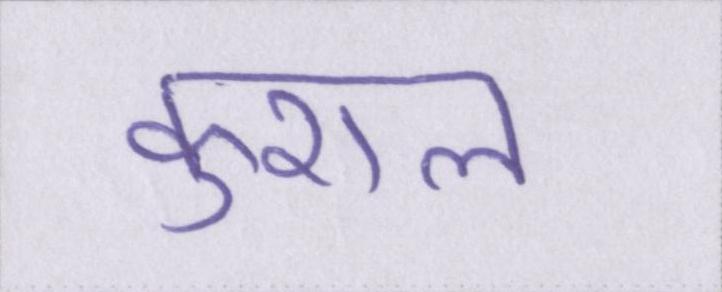
कुशल